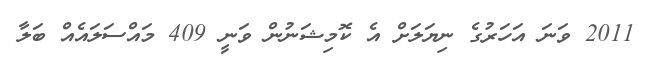
2011 ވަނަ އަހަރުގެ ނިޔަލަށް އެ ކޮމިޝަނުން ވަނީ 409 މައްސަލައެއް ބަލާ